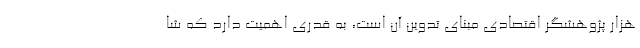
هزار پژوهشگر اقتصادی مبنای تدوین آن است، به قدری اهمیت دارد که شا